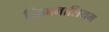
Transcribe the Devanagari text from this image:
जिमनासियम